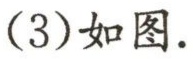
(3)如图.